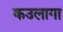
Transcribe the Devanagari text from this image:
कउलागा